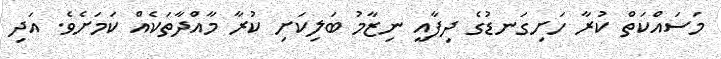
މަސައްކަތް ކުރާ ހަށިގަނޑުގެ ދިފާއީ ނިޒާމު ބަލިކަށި ކުރާ މާއްދާތަކެއް ކަމަށެވެ. އަދި